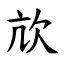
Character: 㰠